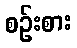
စဉ်းစား